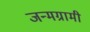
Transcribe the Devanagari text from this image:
जन्मग्रामी